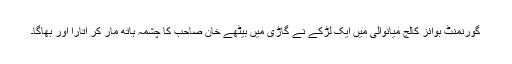
گورنمنٹ بوائز کالج میانوالی میں ایک لڑکے نے گاڑی میں بیٹھے خان صاحب کا چشمہ ہاتھ مار کر اُتارا اور بھاگا۔